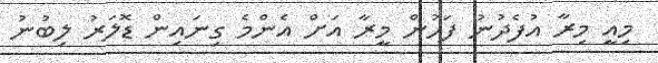
މިއީ މިރާ އުފެދުނު ފަހުން މީރާ އަށް އެންމެ ގިނައިން ޑޮލަރު ލިބުނު